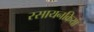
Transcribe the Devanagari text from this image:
रसायनक्रिया